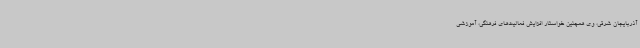
آذربایجان شرقی، وی همچنین خواستار افزایش فعالیت‌های فرهنگی، آموزشی